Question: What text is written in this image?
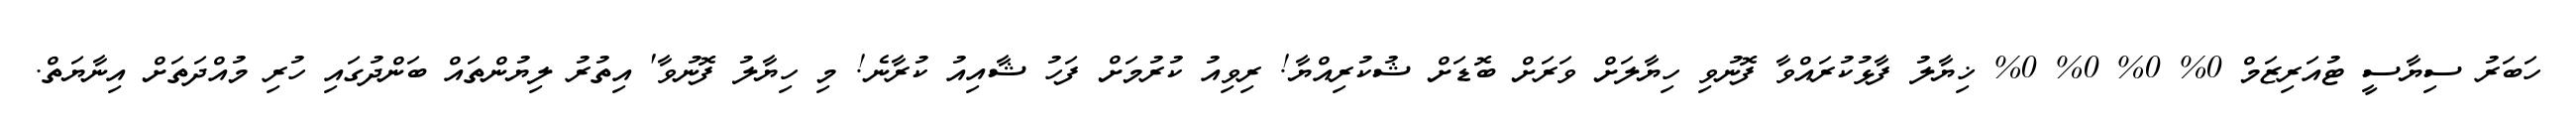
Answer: ހަބަރު ސިޔާސީ ޓުއަރިޒަމް 0% 0% 0% 0% ޚިޔާލު ފާޅުކުރައްވާ ފޮނުވި ހިޔާލަށް ވަރަށް ބޮޑަށް ޝުކުރިއްޔާ! ރިވިއު ކުރުމަށް ފަހު ޝާއިއު ކުރާނެ! މި ހިޔާލު ފޮނުވާ' އިތުރު ލިޔުންތައް ބަންދުގައި ހުރި މުއްދަތަށް އިނާޔަތް.